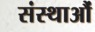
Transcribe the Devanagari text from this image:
संस्थाऔं